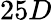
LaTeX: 25D